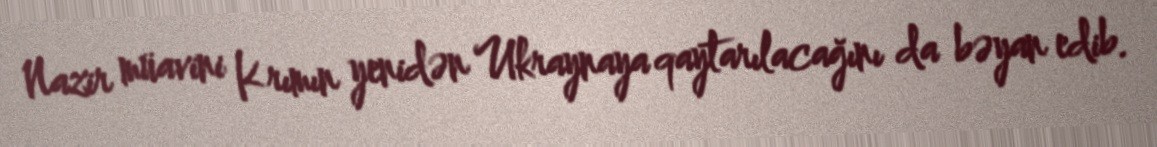
Nazir müavini Krımın yenidən Ukraynaya qaytarılacağını da bəyan edib.